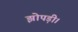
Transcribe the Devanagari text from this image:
झोपड़ी।